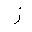
Letter: _zay